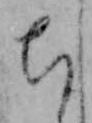
ち